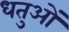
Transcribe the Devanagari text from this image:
धतुओं